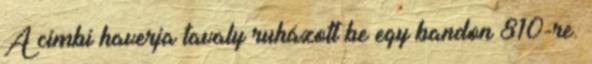
A cimbi haverja tavaly ruházott be egy bandon 810-re.